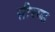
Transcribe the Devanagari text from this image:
सीरप्स